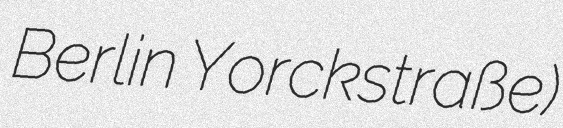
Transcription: Berlin Yorckstraße)